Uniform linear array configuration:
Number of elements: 8
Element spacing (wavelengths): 0.25
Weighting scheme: cosine
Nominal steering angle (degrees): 60
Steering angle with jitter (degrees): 61.499
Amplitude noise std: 0.05
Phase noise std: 0.05

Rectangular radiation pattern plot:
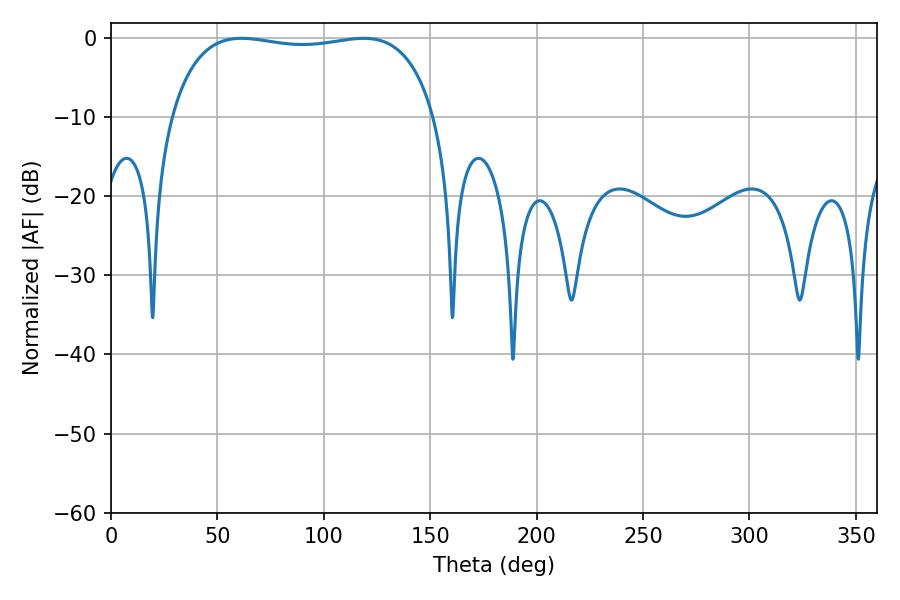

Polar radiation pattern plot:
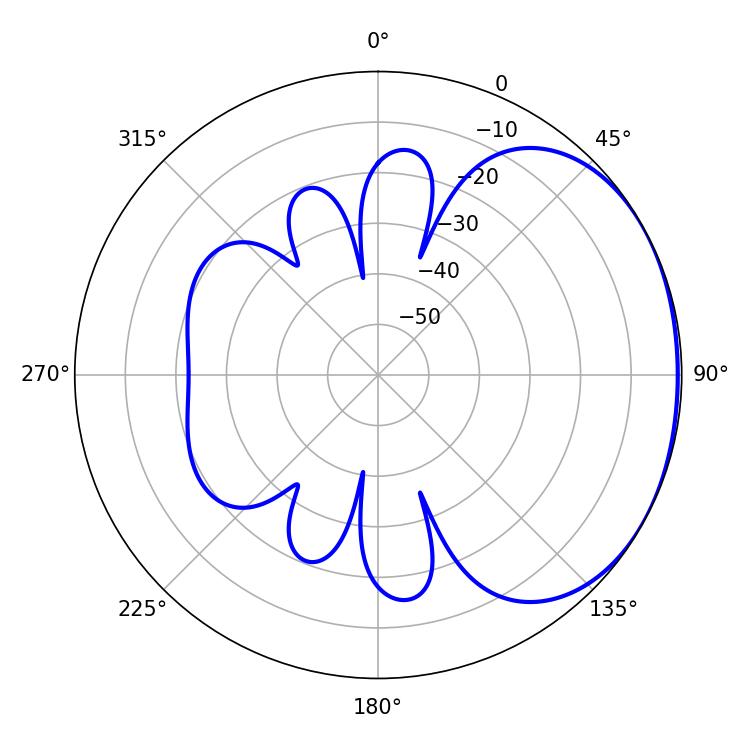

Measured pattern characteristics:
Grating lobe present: FALSE
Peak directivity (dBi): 1.506
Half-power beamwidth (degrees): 100.08
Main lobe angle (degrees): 61.2